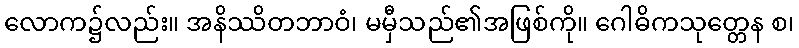
လောက၌လည်း။ အနိဿိတဘာဝံ၊ မမှီသည်၏အဖြစ်ကို။ ဂေါဓိကသုတ္တေန စ၊